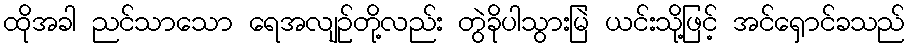
ထိုအခါ ညင်သာသော ရေအလျဉ်တို့လည်း တွဲခိုပါသွားမြဲ ယင်းသို့ဖြင့် အင်ရှောင်ခသည်